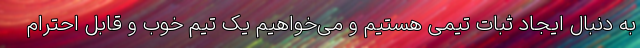
به دنبال ایجاد ثبات تیمی هستیم و می‌خواهیم یک تیم خوب و قابل احترام